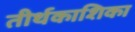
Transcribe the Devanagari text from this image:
तीर्थकाशिका